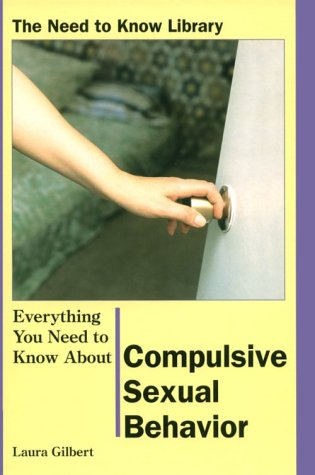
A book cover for Everything You Need to Know About Compulsive Sexual Behavior (Need to Know Library); Laura Gilbert; Teen & Young Adult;